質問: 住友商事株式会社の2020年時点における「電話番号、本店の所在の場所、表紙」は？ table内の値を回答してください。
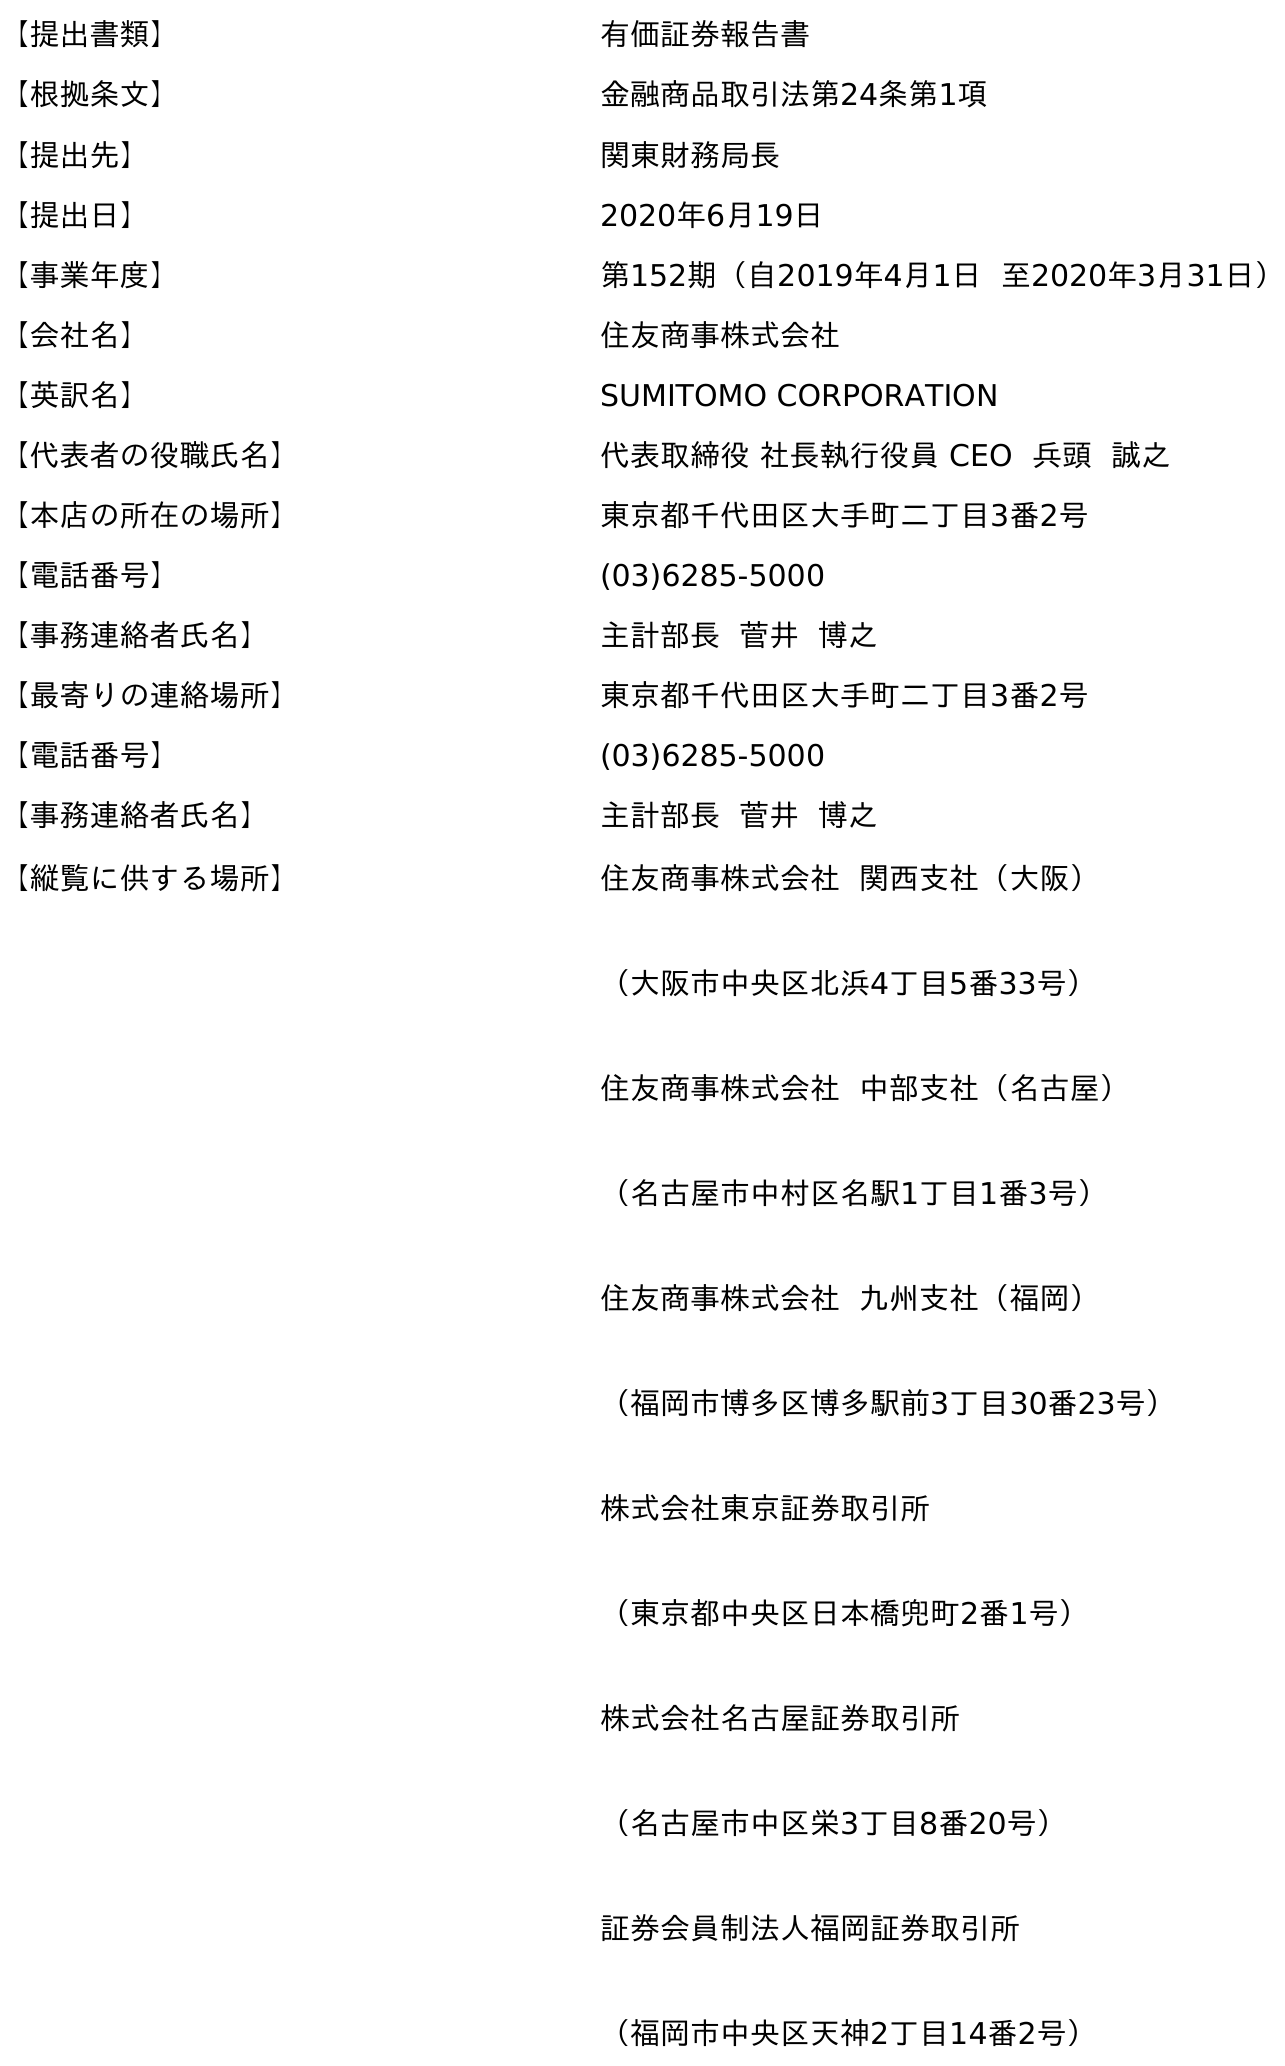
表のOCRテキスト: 【提出書類】 有価証券報告書 【根拠条文】 金融商品取引法第24条第1項 【提出先】 関東財務局長 【提出日】 2020年6月19日 【事業年度】 第152期（自2019年4月1日 至2020年3月31日） 【会社名】 住友商事株式会社 【英訳名】 SUMITOMO CORPORATION 【代表者の役職氏名】 代表取締役 社長執行役員 CEO 兵頭 誠之 【本店の所在の場所】 東京都千代田区大手町二丁目3番2号 【電話番号】 (03)6285-5000 【事務連絡者氏名】 主計部長 菅井 博之 【最寄りの連絡場所】 東京都千代田区大手町二丁目3番2号 【電話番号】 (03)6285-5000 【事務連絡者氏名】 主計部長 菅井 博之 【縦覧に供する場所】 住友商事株式会社 関西支社（大阪） （大阪市中央区北浜4丁目5番33号） 住友商事株式会社 中部支社（名古屋） （名古屋市中村区名駅1丁目1番3号） 住友商事株式会社 九州支社（福岡） （福岡市博多区博多駅前3丁目30番23号） 株式会社東京証券取引所 （東京都中央区日本橋兜町2番1号） 株式会社名古屋証券取引所 （名古屋市中区栄3丁目8番20号） 証券会員制法人福岡証券取引所 （福岡市中央区天神2丁目14番2号）
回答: (03)6285-5000